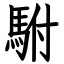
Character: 駙